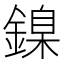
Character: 鎳